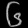
Digit: ၆